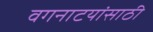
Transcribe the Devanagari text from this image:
वगनाटयांसाठी